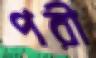
পরী